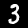
Digit: 3